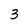
Character: 3